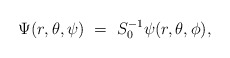
\begin{align*}\Psi (r,\theta ,\psi)~=~S^{-1}_0 \psi (r,\theta,\phi),\end{align*}